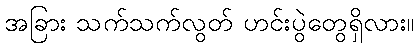
အခြား သက်သက်လွတ် ဟင်းပွဲတွေရှိလား။